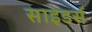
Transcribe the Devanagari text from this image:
साइडर्स